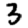
Digit: 3